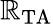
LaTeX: \mathbb{R}_{\mathrm{{TA}}}